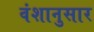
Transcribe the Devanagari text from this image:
वंशानुसार